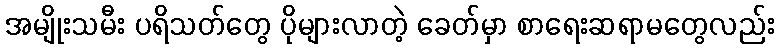
အမျိုးသမီး ပရိသတ်တွေ ပိုများလာတဲ့ ခေတ်မှာ စာရေးဆရာမတွေလည်း